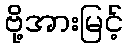
ဗို့အားမြင့်